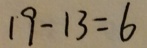
1 9 - 1 3 = 6